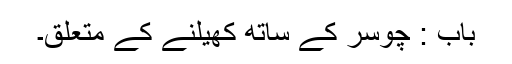
باب : چوسر کے ساتھ کھیلنے کے متعلق۔